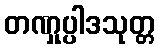
တဏှုပ္ပါဒသုတ္တ